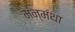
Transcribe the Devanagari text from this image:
मन्मंथा